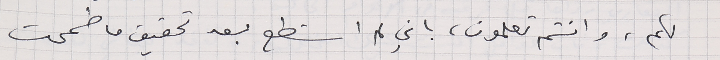
لكم، وانتم تعلمون، باني لم استطع بعد تحقيق ما طمحت